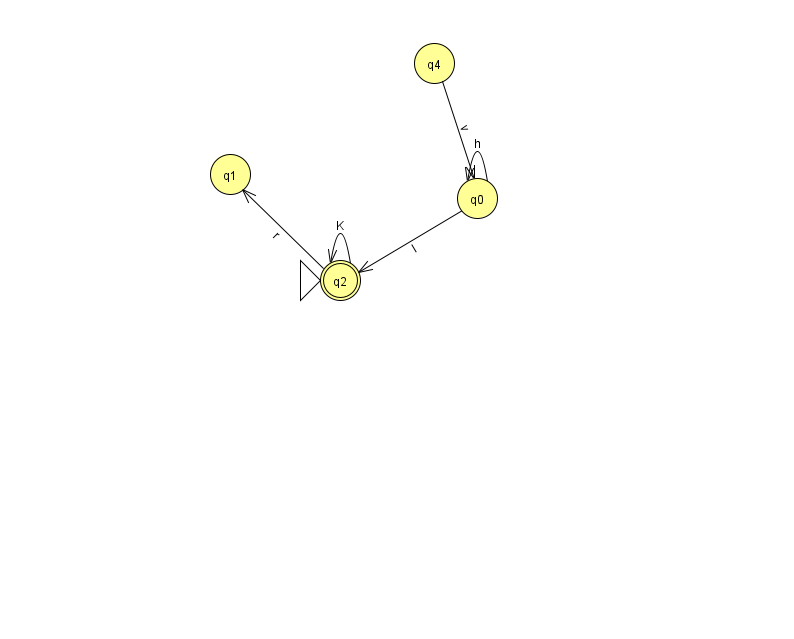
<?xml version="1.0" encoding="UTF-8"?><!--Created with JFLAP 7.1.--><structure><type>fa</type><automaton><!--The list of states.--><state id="0" name="q0"><x>477.0</x><y>185.0</y></state><state id="1" name="q1"><x>230.0</x><y>161.0</y></state><state id="2" name="q2"><x>340.0</x><y>267.0</y><initial/><final/></state><state id="4" name="q4"><x>434.0</x><y>50.0</y></state><!--The list of transitions.--><transition><from>4</from><to>0</to><read>v</read></transition><transition><from>2</from><to>1</to><read>r</read></transition><transition><from>0</from><to>0</to><read>h</read></transition><transition><from>0</from><to>2</to><read>l</read></transition><transition><from>2</from><to>2</to><read>K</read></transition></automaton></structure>